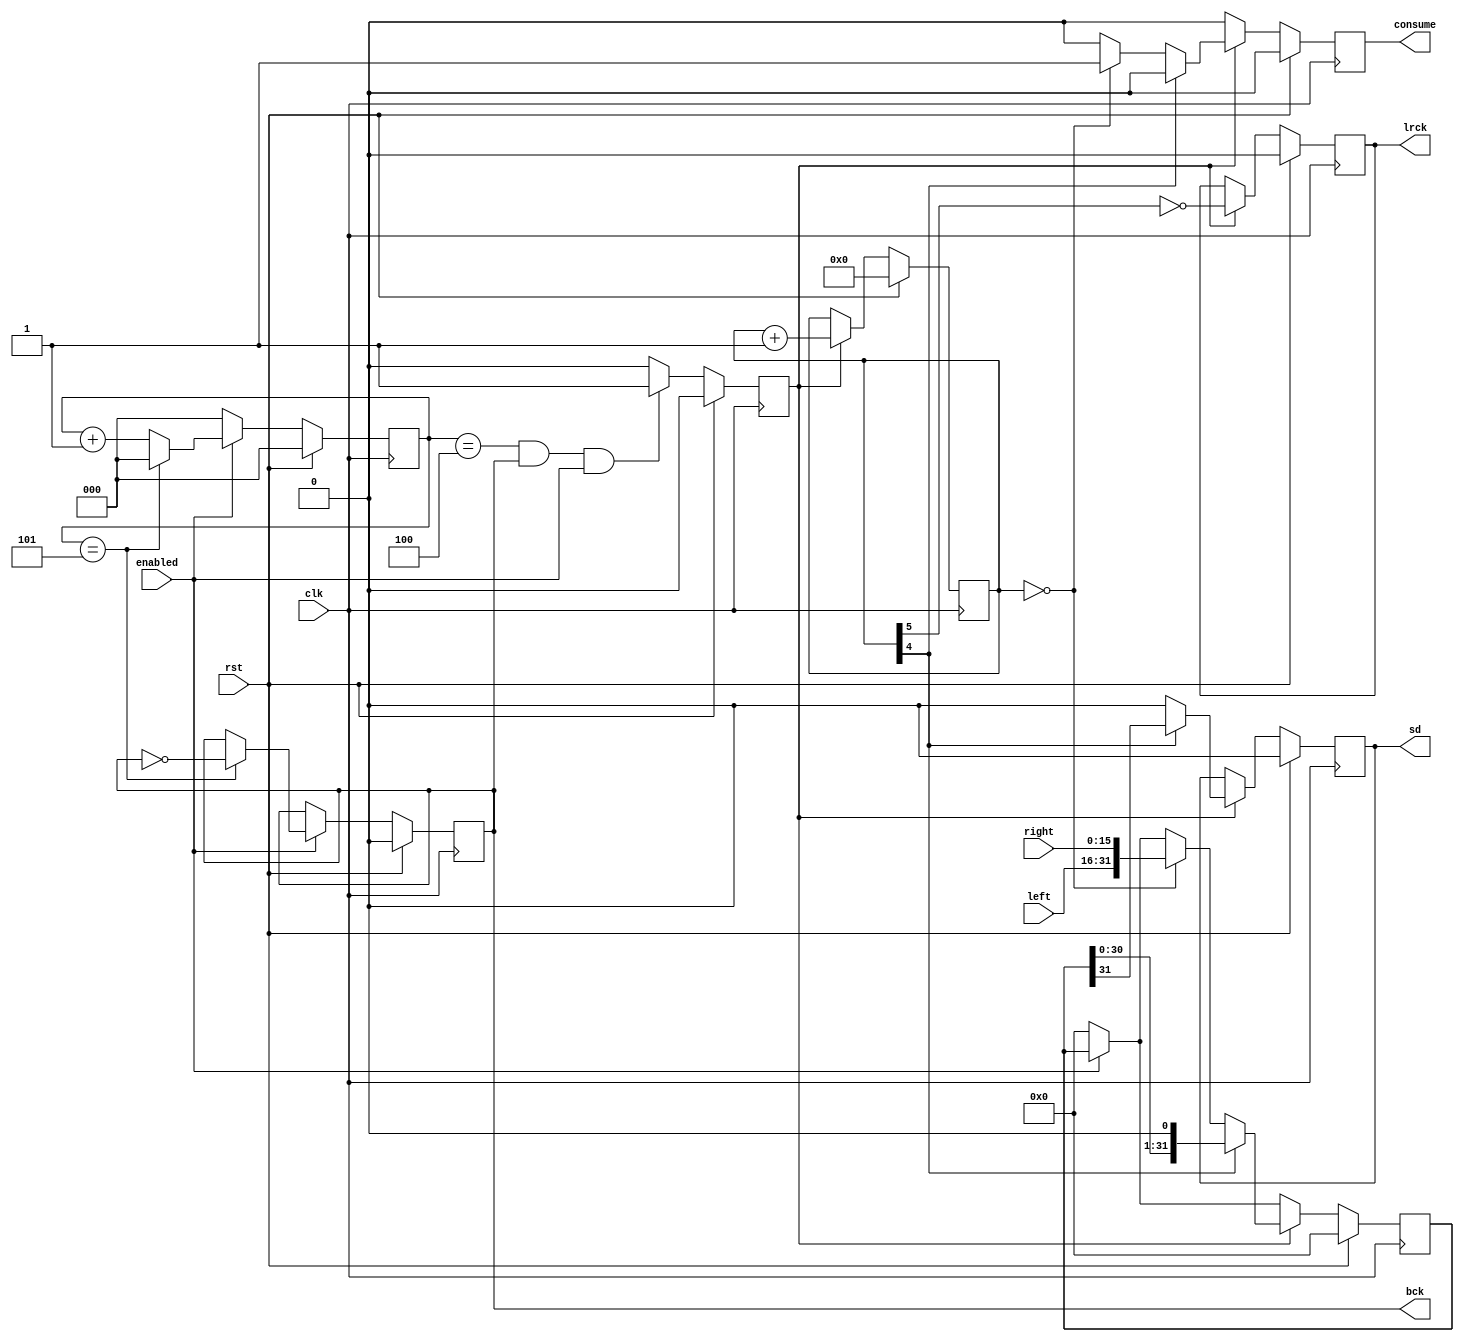
// This program was cloned from: https://github.com/zeldin/iceGDROM
// License: GNU General Public License v3.0

module digital_sound_output (
			     input clk,
			     input rst,
			     input enabled,
			     input[15:0] left,
			     input[15:0] right,
			     output bck,
			     output sd,
			     output lrck,
			     output consume
		       );

   parameter CLK_FREQUENCY = 33868800;

   localparam BCK_HALF_PERIOD = (CLK_FREQUENCY / 44100 / 64 / 2);

   function integer log2;
      input integer value;
      begin
         value = value-1;
         for (log2=0; value>0; log2=log2+1)
           value = value>>1;
      end
   endfunction

   reg [log2(BCK_HALF_PERIOD)-1:0]  bck_counter_d, bck_counter_q;
   reg 	      bck_d, bck_q;
   reg 	      sd_d, sd_q;
   reg 	      lrck_d, lrck_q;
   reg	      bit_active_d, bit_active_q;
   reg [5:0]  bit_counter_d, bit_counter_q;
   reg [31:0] shiftreg_d, shiftreg_q;
   reg 	      consume_d, consume_q;

   assign bck = bck_q;
   assign sd = sd_q;
   assign lrck = lrck_q;
   assign consume = consume_q;

   always @(*) begin

      if (enabled) begin
	 if (bck_counter_q == BCK_HALF_PERIOD-1) begin
	    bck_counter_d = 0;
	    bck_d = ~bck_q;
	 end else begin
	    bck_counter_d = bck_counter_q + 1;
	    bck_d = bck_q;
	 end
      end else begin
	 bck_counter_d = 0;
	 bck_d = bck_q;
      end

      if ((bck_counter_q == BCK_HALF_PERIOD-2) & bck_q & enabled)
	bit_active_d = 1'b1;
      else
	bit_active_d = 1'b0;

      shiftreg_d = (enabled? shiftreg_q : 32'h00000000);
      consume_d = 1'b0;
      if (bit_active_q) begin
	 if (bit_counter_q[4]) begin
	    sd_d = shiftreg_q[31];
	    shiftreg_d = {shiftreg_q[30:0],1'b0};
	 end else begin
	    sd_d = 1'b0;
	    if (bit_counter_q == 0) begin
	       shiftreg_d = {left, right};
	       consume_d = 1'b1;
	    end
	 end
	 lrck_d = ~bit_counter_q[5];
	 bit_counter_d = bit_counter_q+1;
      end else begin
	 sd_d = sd_q;
	 lrck_d = lrck_q;
	 bit_counter_d = bit_counter_q;
      end

   end

   always @(posedge clk) begin
      if (rst) begin
	 bck_counter_q <= 0;
	 bck_q <= 1'b0;
	 sd_q <= 1'b0;
	 lrck_q <= 1'b0;
	 bit_active_q <= 1'b0;
	 bit_counter_q <= 5'b00000;
	 shiftreg_q <= 32'h00000000;
	 consume_q <= 1'b0;
      end else begin
	 bck_counter_q <= bck_counter_d;
	 bck_q <= bck_d;
	 sd_q <= sd_d;
	 lrck_q <= lrck_d;
	 bit_active_q <= bit_active_d;
	 bit_counter_q <= bit_counter_d;
	 shiftreg_q <= shiftreg_d;
	 consume_q <= consume_d;
      end
   end

endmodule // digital_sound_output